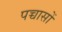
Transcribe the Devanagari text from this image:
पच्चासों